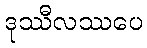
ဒုဿီလဿပေ